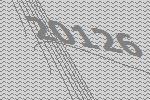
20126